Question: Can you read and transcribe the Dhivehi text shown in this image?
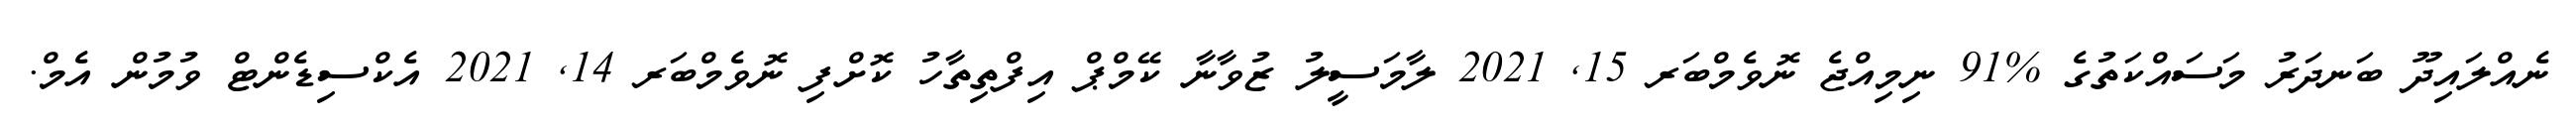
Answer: ނެއްލައިދޫ ބަނދަރު މަސައްކަތުގެ %91 ނިމިއްޖެ ނޮވެމްބަރ 15, 2021 ލާމަސީލު ޒުވާނާ ކޭމްޕް އިފްތިތާހު ކޮށްފި ނޮވެމްބަރ 14, 2021 އެކްސިޑެންޓް ވުމުން އެމް.